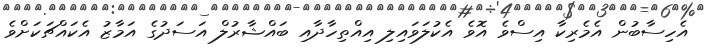
އެހިސާބުން އެމެރިކާ އިސްވެ އޮވެ އެކުލަވައިލި އިއްތިހާދާއި ބައްޝާރުލް އަސަދުގެ އަމާޒު އެކައްޗަކަށްވެ